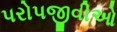
પરોપજીવીઓ